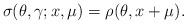
LaTeX: \begin{align*} \sigma (\theta,\gamma ;x,\mu )=\rho (\theta ,x+\mu ).\end{align*}